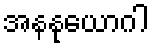
အနနုယောဂါ